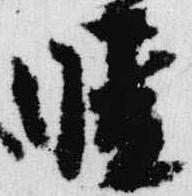
晴